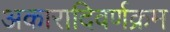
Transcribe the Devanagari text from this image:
अकारादिवर्णक्रम